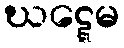
ဃဋ္ဋေမ